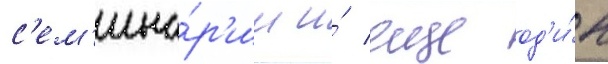
с'ем'ина́р'ии и́ еще од'и́н